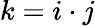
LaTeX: k=i\cdot j